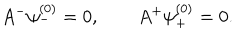
LaTeX: A ^ { - } \psi _ { - } ^ { ( 0 ) } = 0 , \qquad A ^ { + } \psi _ { + } ^ { ( 0 ) } = 0 .